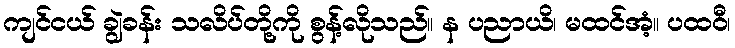
ကျင်ငယ် ချွဲခန်း သလိပ်တို့ကို စွန့်လိုသည်။ န ပညာယိ၊ မထင်အံ့။ ပထဝီ၊